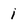
Character: i